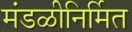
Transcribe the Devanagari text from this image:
मंडळीनिर्मित